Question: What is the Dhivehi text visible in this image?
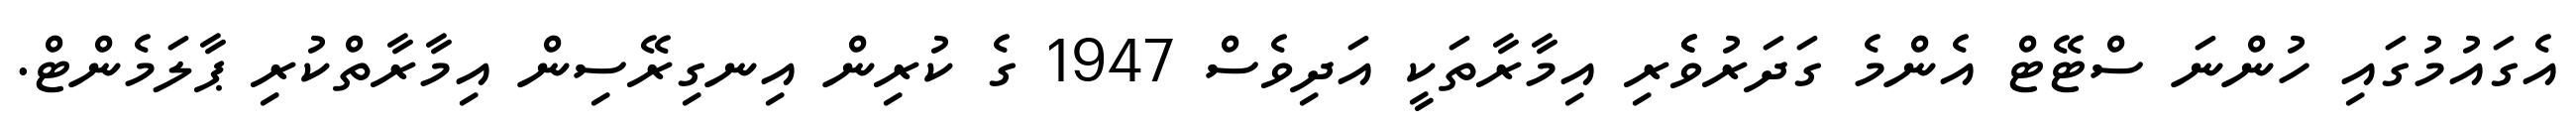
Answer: އެގައުމުގައި ހުންނަ ސްޓޭޓް އެންމެ ގަދަރުވެެރި އިމާރާތަކީ އަދިވެސް 1947 ގެ ކުރިން އިނގިރޭސިން އިމާރާތްކުރި ޕާލަމެންޓް.